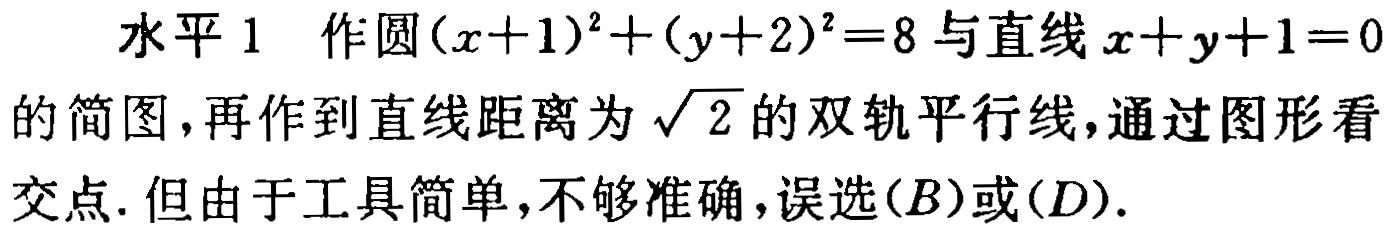
水平 1 作圆\((x + 1)^2 + (y + 2)^2 = 8\)与直线\(x + y + 1 = 0\)的简图，再作到直线距离为\(\sqrt{2}\)的双轨平行线，通过图形看交点. 但由于工具简单，不够准确，误选\((B)\)或\((D)\).